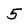
Character: 5